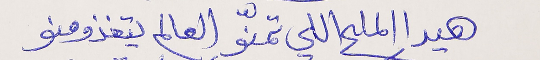
هيدا الملح اللي تمنّو العالم يتغذو منو